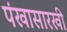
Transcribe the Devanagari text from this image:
पंखासारखी